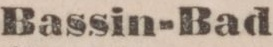
Bassin-Bad